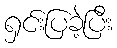
ရှင်းပြခဲ့ပြီး